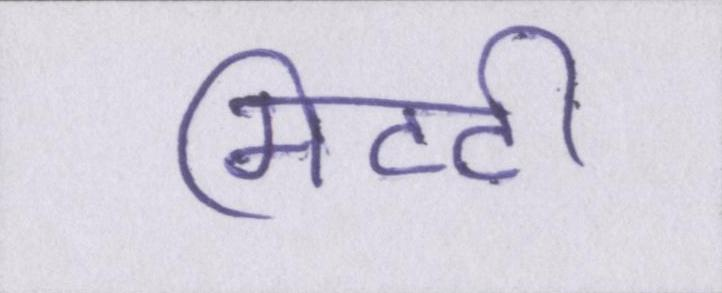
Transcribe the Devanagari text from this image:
मिटटी